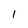
Character: I